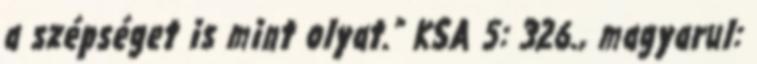
a szépséget is mint olyat.” KSA 5: 326., magyarul: